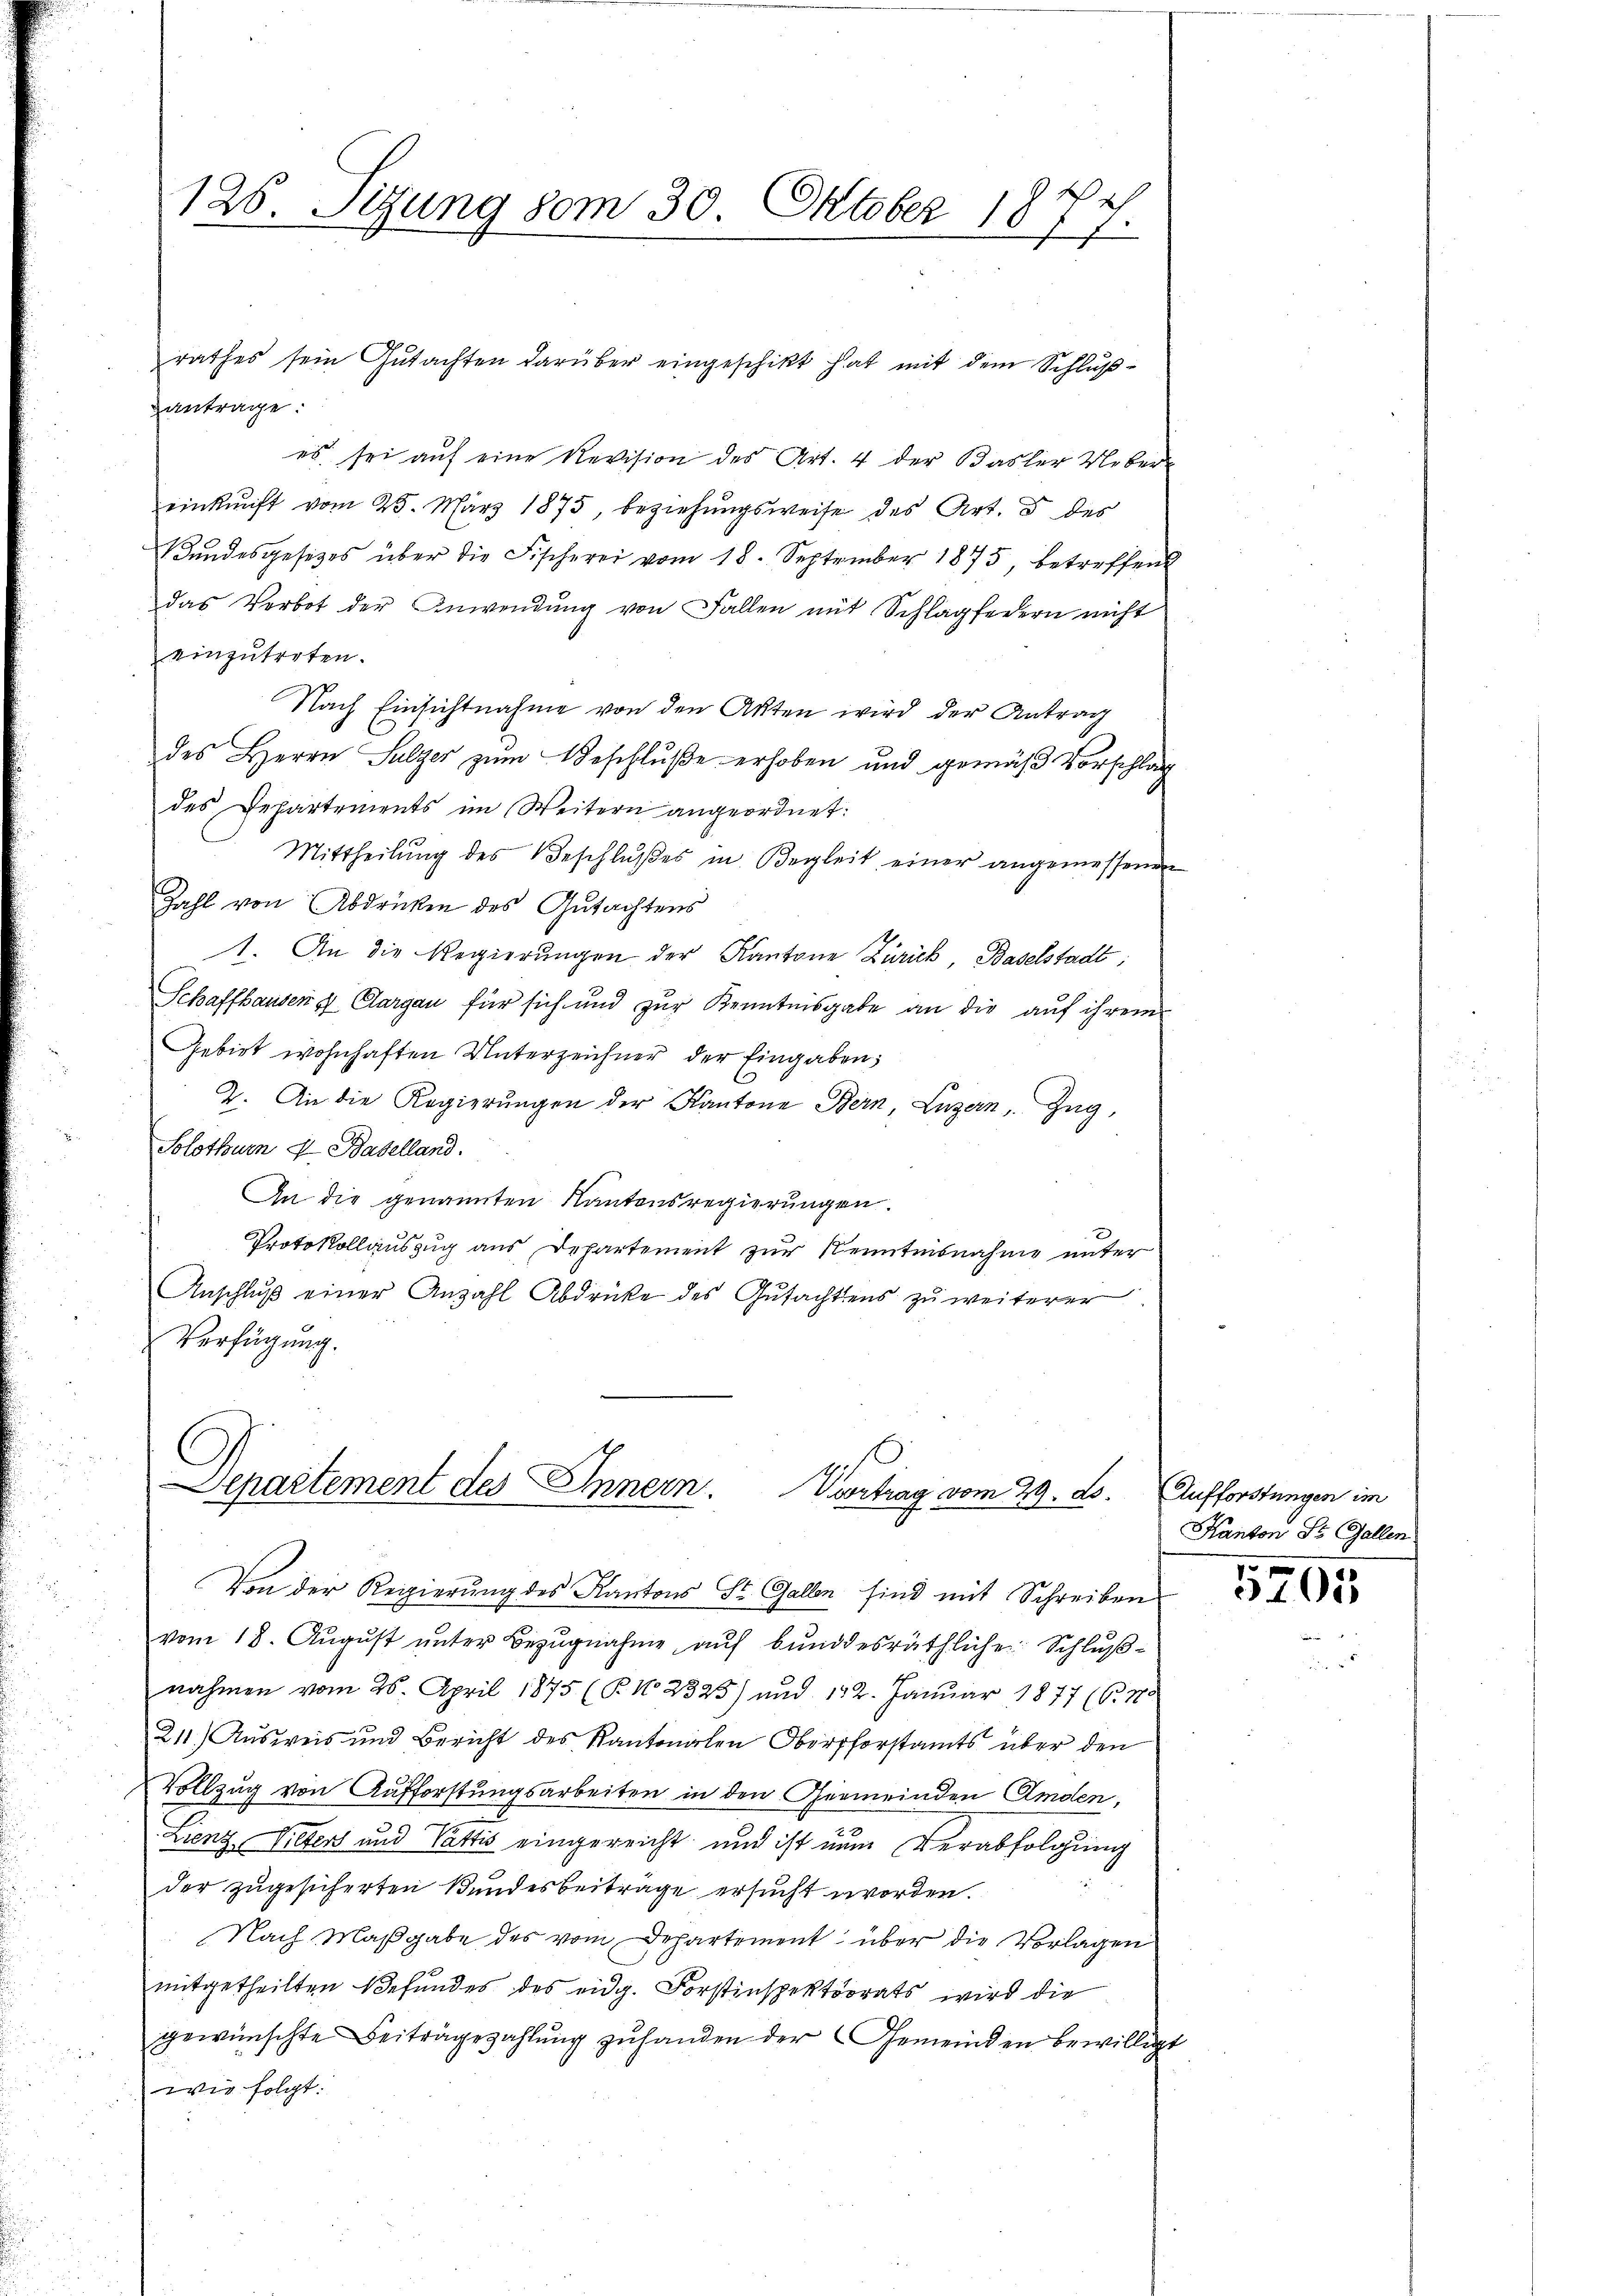
125. Sitzung vom 30. Oktober 1874.

rathes sein Gutachten darüber eingeschikt hat mit dem Schlußantrage.
es sei auf eine Revision des Art. 4 der Basler Uebereinkunft vom 25. März 1875, beziehungsweise des Art. 8 des
Bundesgesetzes über die Fischerei vom 18. September 1875, betreffend
das Vorbot der Anwendŭng von Fallen mit Schlagfedern nicht
einzutreten.
Nach Einsichtnahme von den Akten wird der Antrag
des Herrn Sulzer zum Geschluße erhoben und gemäß Vorschlag
des Departements im Weitern angeordnet:
Mittheilŭng des Beschlŭβes in Begleit einer angemessenen
Zahl von Abdrücken des Gutachtens
1. An die Regierungen der Kantone Zürich, Baselstadt;
Schaffhausend Aargau für sich und zur Kenntnisgabe an die auf ihrem
Gebiet wohnhaften Unterzeichner der Eingaben;
2. An die Regierŭngen der Kantone Bern, Luzern, Zug,
Solothurn 4 Baselland.
An die genannten Kantonsregierungen.
Protokollauszug aus Departement zur Kenntnisnahme unter
Anschlŭβ einer Anzahl Abdrücke des Gutachtens zu weiterer
Verfügung.
Separtement des Innern. Vortrag vom 29. ds. (Aufforstungen im
Von der Regierung des Kantons St. Gallen sind mit Schreiben
vom 18. Aŭgŭst ŭnter Bezŭgnahme aŭf bŭndesräthliche Schlŭβ-
nahmen vom 26. April 1875 (P. No 2325) und 122. Januar 1877 (6. No
211.) Ausweis und Bericht des Kantonalen Oberforstamts über den
Vollzug von Aufforstungsarbeiten in den Gemeinden Amden,
Lienz, Pillers und Vattis eingereicht und ist num Verabfolgung
der zugesicherten Bundesbeiträge ersucht worden.
Nach Maßgabe des vom Departement über die Vorlagen
mitgetheilten Befundes des eidg. Forstinspektorats wird die
gewünschte Beiträgezahlung zuhanden der Gemeinden bewillige
wie folgt:

Kanton St. Gallen

f

5205